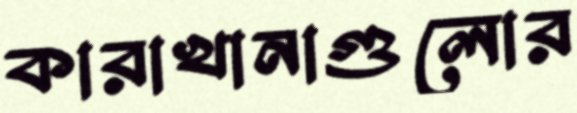
কারাখানাগুলোর